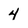
Character: 4